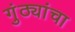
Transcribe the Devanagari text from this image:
गुंठ्यांचा